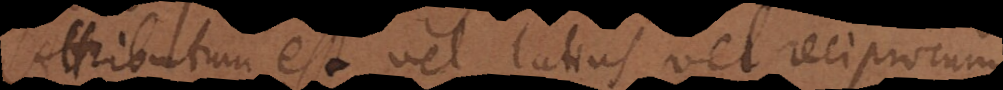
Attributum est vel latius vel reciprocum